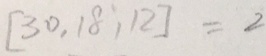
[ 3 0 , 1 8 , 1 2 ] = 2